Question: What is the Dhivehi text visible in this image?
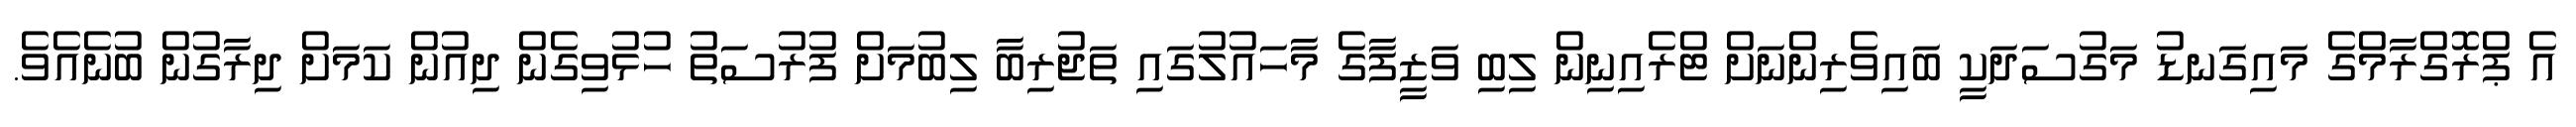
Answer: އެ ޕްރޮގްރާމްގެ މައިގަނޑު މަގުސަދަކީ ބައިވެރިންނަށް ޓްރެއިނިން ލިބި ވަޒީފާގެ މާހައުލުގައި ތަޖުރިބާ ލިބުމަށް ފުރުސަތު ހުޅުވިގެން ދިއުން ކަމަށް ދިރާގުން ބުނެއެވެ.